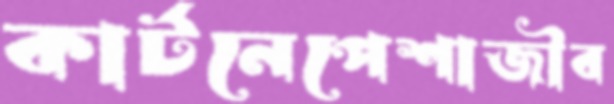
কার্টনেপেশাজীব